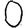
Digit: 0